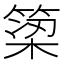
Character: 𫞿